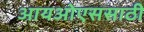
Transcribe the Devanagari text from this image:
आयओएससाठी